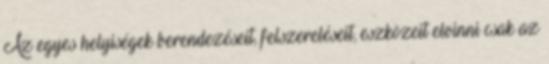
Az egyes helyiségek berendezéseit, felszereléseit, eszközeit elvinni csak az